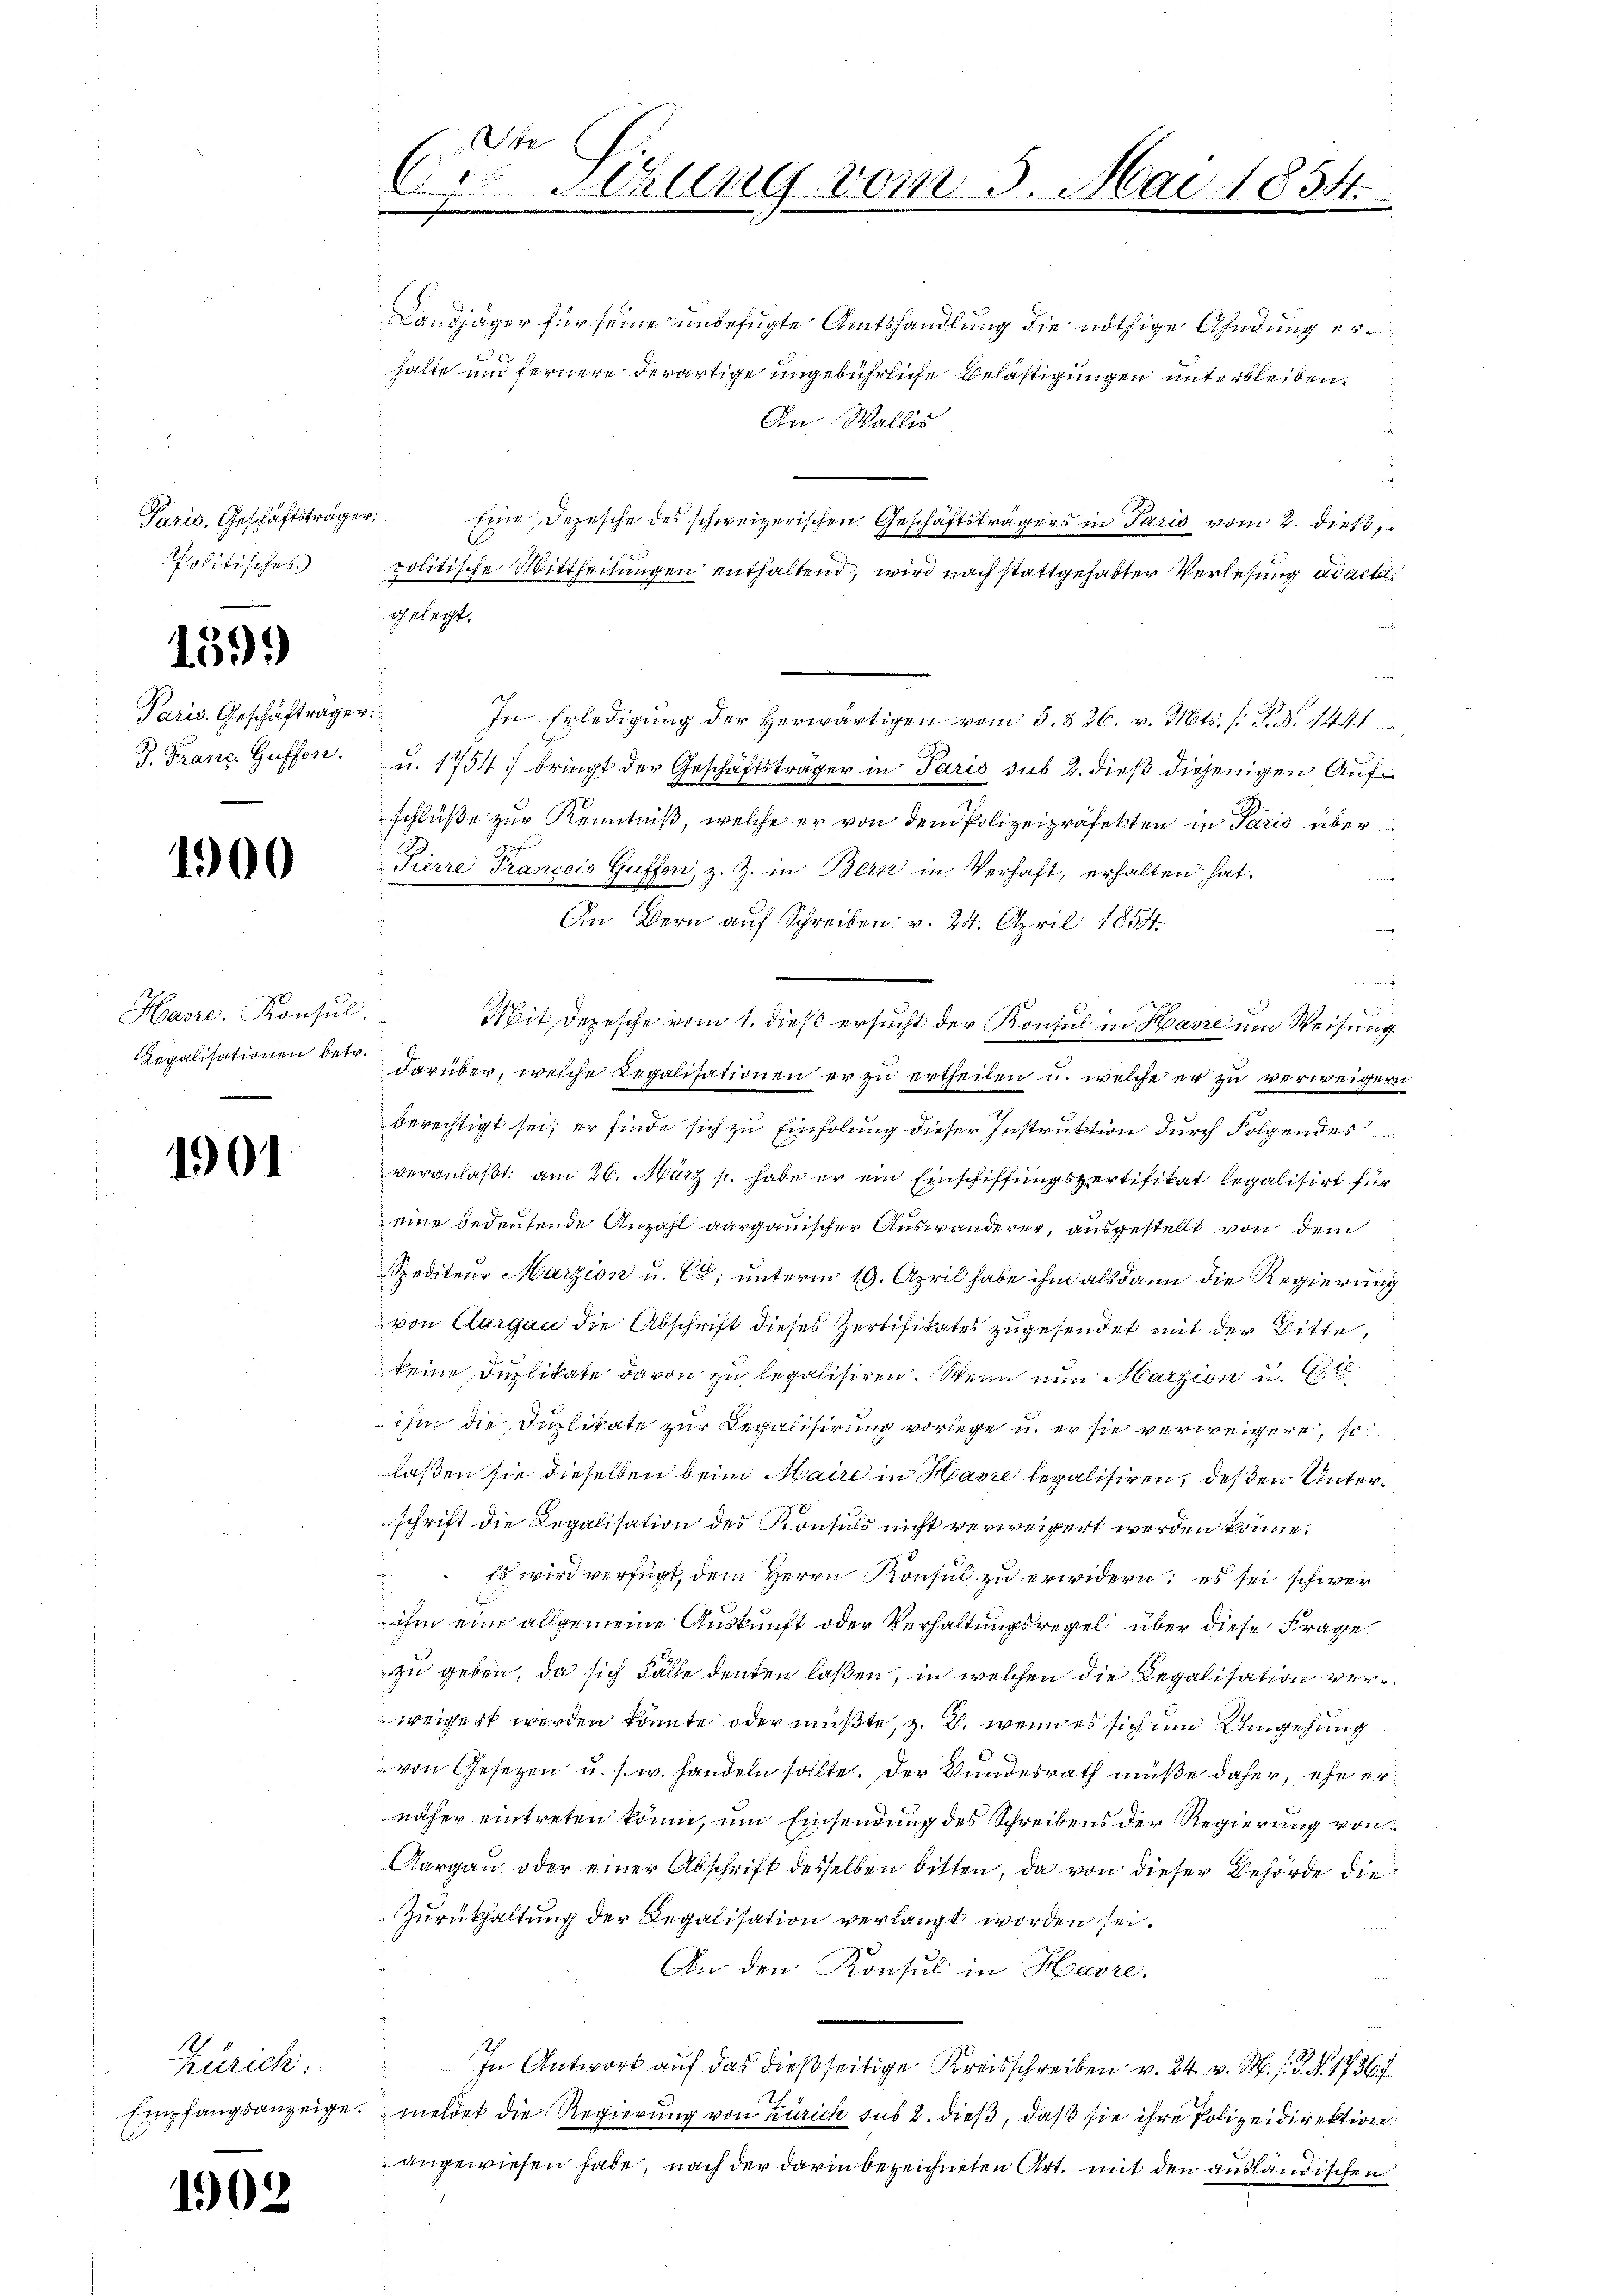
Paris. Geschäftsträger
politisches

1599

Paris, Geschafträger

1900

Havre: Konsul

1901

12.
Zürich;

1903

Landjäger für seine unbefugte Amtshandlung die nöthige Ahndung erhalte und fernere derartige ungebührliche Belästigungen unterbleiben.
An Wallis
u
Eine Depesche des schweizerischen Geschäftsträgers in Paris vom 2. dieß
politische Mittheilungen enthaltend, wird nach stattgehabter Verlesung ad acte
In Erledigung der herwärtigen vom 3. & 26. v. Mts. (T. N. 1441
J. Franz Guffon u. 1754 bringt der Geschäftsträger in Paris sub 2. dieß diejenigen Aufschlüße zur Kenntniß, welche er von dem Polizeipräfekten in Paris über
Pierre Francois Guffori, z. Z. in Bern in Verhaft, erhalten hat.
e
An Bern auf Schreiben v. 24. April 1854
2
Mit Depesche vom 1. dieß ersucht der Konsul in Havre um Weisung
Legalisationen betr. darüber, welche Legalisationen er zu ertheilen u. welche er zu verweigern
berechtigt sei; er finde sich zu Einholung dieser Instruktion durch Folgendes
veranlaßt: am 26. März p. habe er ein Einschiffungspertifikat legalisirt für
eine bedeutende Anzahl aargauischer Auswanderer, ausgestellt von dem
Spediteur Marzion u. Ca; unterm 19. April habe ihm alsdann die Regierung
von Aargau die Abschrift dieses Zertifikates zugesendet mit der Bitte,
keine Duplikate davon zu legalisiren. Wenn nun Marzion u. t
ihm die Duplikate zur Regalisierung vorlege u. er sie verweigere, so
laßen sie dieselben beim Maire in Havre legalisiren, deßen Unterschrift die Regalisation des Konsuls nicht verweigert werden könne.
 Es wird verfügt, dem Herrn Konsul zu erwidern; es sei schwer
ihm eine allgemeine Auskunft oder Verhaltungsregel über diese Frage
zu geben, da sich Fälle denken laßen, in welchen die Regalisation verweigert werden könnte oder mußte, z. B. wenn es sich um Umgehung
von Gesetzen u. s. w. handeln sollte. Der Bundesrath müße daher, ehe er
näher eintreten könne, um Einsendung des Schreibens der Regierung von
Aargau oder einer Abschrift desselben bitten, da von dieser Behörde die
Zurückhaltung der Regalisation verlangt worden sei.
An den Konsul in Havre.
In Antwort auf das dießseitige Kreisschreiben v. 24. v. M. s. S. Nr. 17367
Empfangsanzeige. meldet die Regierung von Zürich sub 2. dieß, daß sie ihre Polizeidirektion
 angewiesen habe, nach der darin bezeichneten Art. mit den ausländischen

t
Dr. Sitzung vom 5. Mai 1854.
h

gelegt.